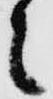
々